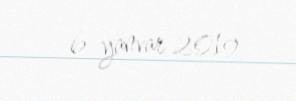
6 yanvar 2019